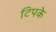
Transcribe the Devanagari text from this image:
टिपके